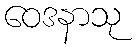
ဝေဒနာသု